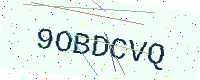
Text: 9OBDCVQ